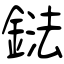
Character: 鍅